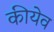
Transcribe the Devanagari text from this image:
कीयेव